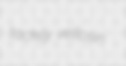
tackily vellosin